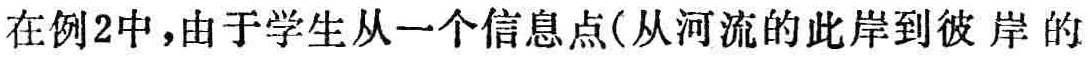
在例2中，由于学生从一个信息点(从河流的此岸到彼岸的